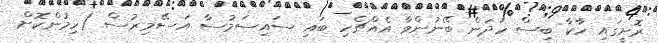
ރޮށީގައި ހާކާ ބިސް ހަދަން ބޭނުންވާ އެއްޗެހި ބައި ސައިސަމުސާ އަސޭމިރުސް (ހިމުންކޮށް